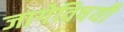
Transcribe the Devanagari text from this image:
जागेविषयी